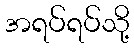
အရပ်ရပ်သို့